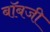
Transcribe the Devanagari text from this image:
बॉबजी